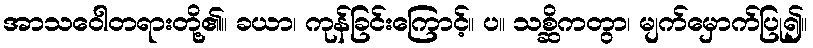
အာသဝေါတရားတို့၏။ ခယာ၊ ကုန်ခြင်းကြောင့်။ ပ။ သစ္ဆိကတွာ၊ မျက်မှောက်ပြု၍။